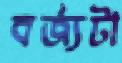
বর্জ্যটা